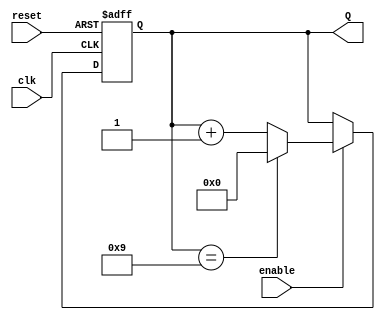
module decade_counter (
    input wire clk,          // Clock input
    input wire reset,        // Asynchronous reset input
    input wire enable,       // Optional enable input
    output reg [3:0] Q       // 4-bit output representing the current count value
);

    // Asynchronous reset and counting logic
    always @(posedge clk or posedge reset) begin
        if (reset) begin
            Q <= 4'b0000; // Reset counter to 0
        end else if (enable) begin
            if (Q == 4'b1001) begin
                Q <= 4'b0000; // Reset to 0 after reaching 9
            end else begin
                Q <= Q + 1; // Increment counter
            end
        end
    end

endmodule